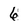
Character: 6